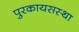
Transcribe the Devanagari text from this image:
पुरकायसस्था